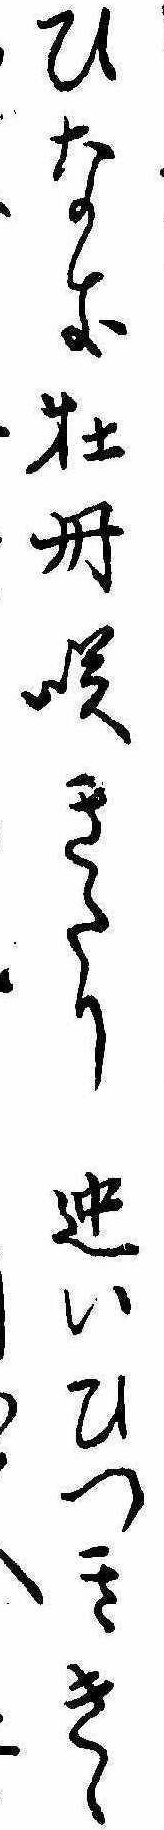
ひなき牡丹咲きたり迚いひつききゝ